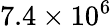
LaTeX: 7.4\times 10^{6}